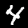
Label: 4